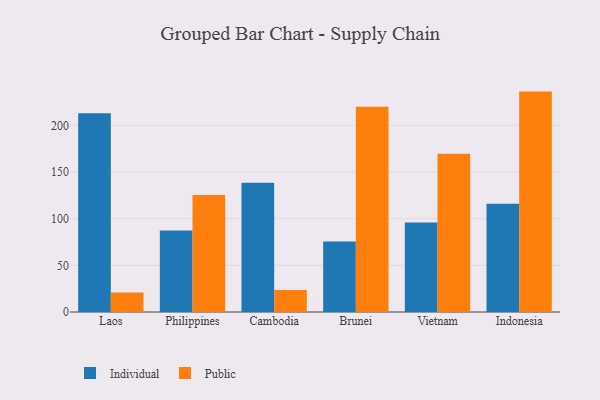
{"axis": {"x": "Country", "y": "Market Share (%)"}, "legend": ["Individual", "Public"], "data": [{"x": "Laos", "y": 212.8, "type": "Individual"}, {"x": "Laos", "y": 20.8, "type": "Public"}, {"x": "Philippines", "y": 87.3, "type": "Individual"}, {"x": "Philippines", "y": 125.4, "type": "Public"}, {"x": "Cambodia", "y": 138.5, "type": "Individual"}, {"x": "Cambodia", "y": 23.5, "type": "Public"}, {"x": "Brunei", "y": 75.5, "type": "Individual"}, {"x": "Brunei", "y": 219.8, "type": "Public"}, {"x": "Vietnam", "y": 95.9, "type": "Individual"}, {"x": "Vietnam", "y": 169.5, "type": "Public"}, {"x": "Indonesia", "y": 115.9, "type": "Individual"}, {"x": "Indonesia", "y": 236.1, "type": "Public"}]}